[Report on the health of British troops in the Madras command]
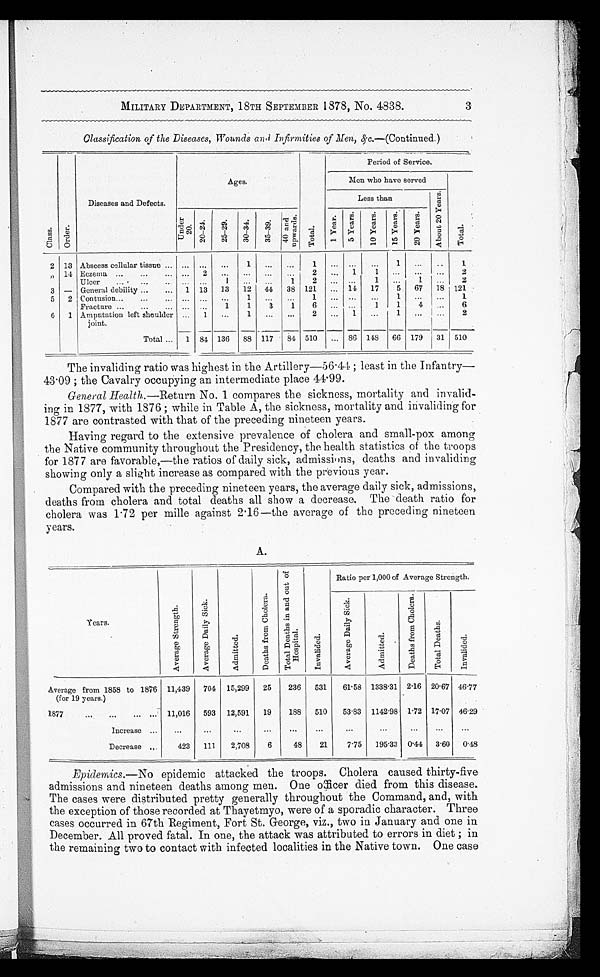
MILITARY DEPARTMENT, 18TH SEPTEMBER 1878, No. 4838.
Classification of the Diseases, Wounds and Infirmities of Men,&c.— (Continued.)
C l a s s .
O r d e r
Diseases and Defects.
Ages.
T o t a l
Period of Service.
Men who have served
Less than
A b o u t 2 0 Y e a r s .
T o t a l .
Un d e r 2 0 .
2 0 - 2 4 .
2 5 - 2 9 .
3 0 - 3 4 .
3 5 - 3 9 .
4 0 a n d u p w a r d s
1 Y e a r s .
5 Y e a r s .
1 0 Y e a r s .
1 5 Y e a r s .
2 0 Y e a r s .
2 13 Abscess cellular tissue . . .
. . .
. . .
. . .
1
. . .
. . .
1
. . .
. . .
. . . 1
. . .
. . .
1
” 14 Eczema . . .
. . . 2
. . .
. . .
. . .
. . .
2
. . .
1
1
. . .
. . .
. . .
2
Ulcer . . .
. . .
. . .
1
. . .
. . .
1
2
. . .
. . .
1
. . .
1
. . .
2
3
– General debility . . . 1 13
13
12
44
38 121
. . . 14 17
5
67
18 121
5
2 Contusion . . .
. . .
. . .
. . .
1
. . .
. . .
1
. . .
. . .
. . . 1
. . .
. . .
1
Fracture . . .
. . .
. . .
1
1
3
1
6
. . .
. . .
1
1
4
. . .
6
6
1 Amputation left shoulder
joint.
. . . 1
. . .
1
. . .
. . .
2
. . .
1
. . . 1
. . .
. . .
2
Total . . . 1 84 136
88 117
84 510
. . . 86 148
66 179
31 510
The invaliding ratio was highest in the Artillery—56 . 44 ; least in the Infantry
— 4 3 . 0 9 ; t h e C a v a l r y o c c u p y i n g a n i n t e r m e d i a t e p l a c e 4 4 . 9 9 .
General Health.—Return No. 1 compares the sickness, mortality and invalid
-ing in 1877, with 1876 ; while in Table A, the sickness, mortality and invaliding for
1877 are contrasted with that of the preceding nineteen years.
Having regard to the extensive prevalence of cholera and small-pox among
the Native community throughout the Presidency, the health statistics of the troops
for 1877 are favorable,—the ratios of daily sick, admissions, deaths and invaliding
showing only a slight increase as compared with the previous year.
Compared with the preceding nineteen years, the average daily sick, admissions,
deaths from cholera and total deaths all show a decrease. The death ratio for
cholera was 1 . 72 per mille against 2 . 16—the average of the preceding nineteen
years.
A.
Y e a r s .
A v e r a g e S t r e n g t h .
A v e r a g e D a i l y S i c k .
A d m i t t e d .
D e a t h s f r o m C h o l e r a .
T o t a l D e a t h s i n a n d o u t o f H o s p i t a l .
I n v a l i d e d .
Ratio per 1,000 of Average Strength.
A v e r a g e D a i l y S i c k .
A d m i t t e d .
D e a t h s f r o m C h o l e r a .
T o t a l D e a t h s .
I n v a l i d e d.
Average from 1858 to1876
(for 19 years.)
11,439
704 15,299
25
236
531
61.58 1338.31 2.16 20.67 46.77
1877 . . . 11,016
593 12,591
19
188
510
53 . 83 1142 . 98 1.72 17. 07 46.29
Increase . . .
. . .
. . .
. . .
. . .
. . .
. . .
. . .
. . .
. . .
. . .
. . .
Decrease . . .
423
111
2,708
6
48
21
7.75
195 . 33 0.44 3.60
0.48
Epidemics.—No epidemic attacked the troops. Cholera caused thirty-five
admissions and nineteen deaths among men. One officer died from this disease.
The cases were distributed pretty generally throughout the Command, and, with
the exception of those recorded at Thayetmyo, were of a sporadic character. Three
cases occurred in 67th Regiment, Fort St. George, viz., two in January and one in
December. All proved fatal. In one, the attack was attributed to errors in diet ; in
the remaining two to contact with infected localities in the Native town. One case
3